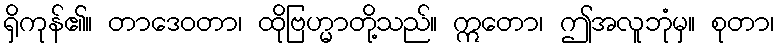
ရှိကုန်၏။ တာဒေဝတာ၊ ထိုဗြဟ္မာတို့သည်။ ဣတော၊ ဤအလူဘုံမှ။ စုတာ၊